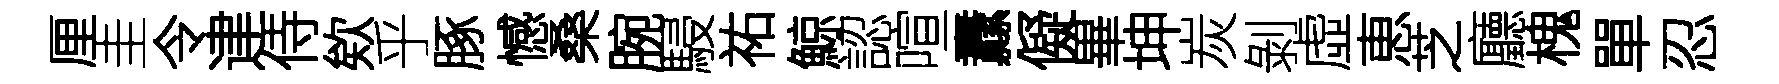
厘圭令䢖侍欸乎䐁憾桑腕駸祐鯨認喧纛儗畢坤炭剝虛恵芝廳槐單忍